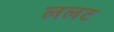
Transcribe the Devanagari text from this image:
ललट